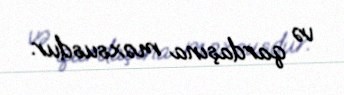
və qardaşına məxsusdur.